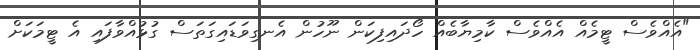
"އެއްވެސް ޓީމެއް އެއްވެސް ކާމިޔާބެއް ހޯދައިފިކަން ނޫހުން އެނގިވަޑައިގަތަސް ގުޅުއްވާފައި އެ ޓީމަކަށް